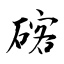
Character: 碦